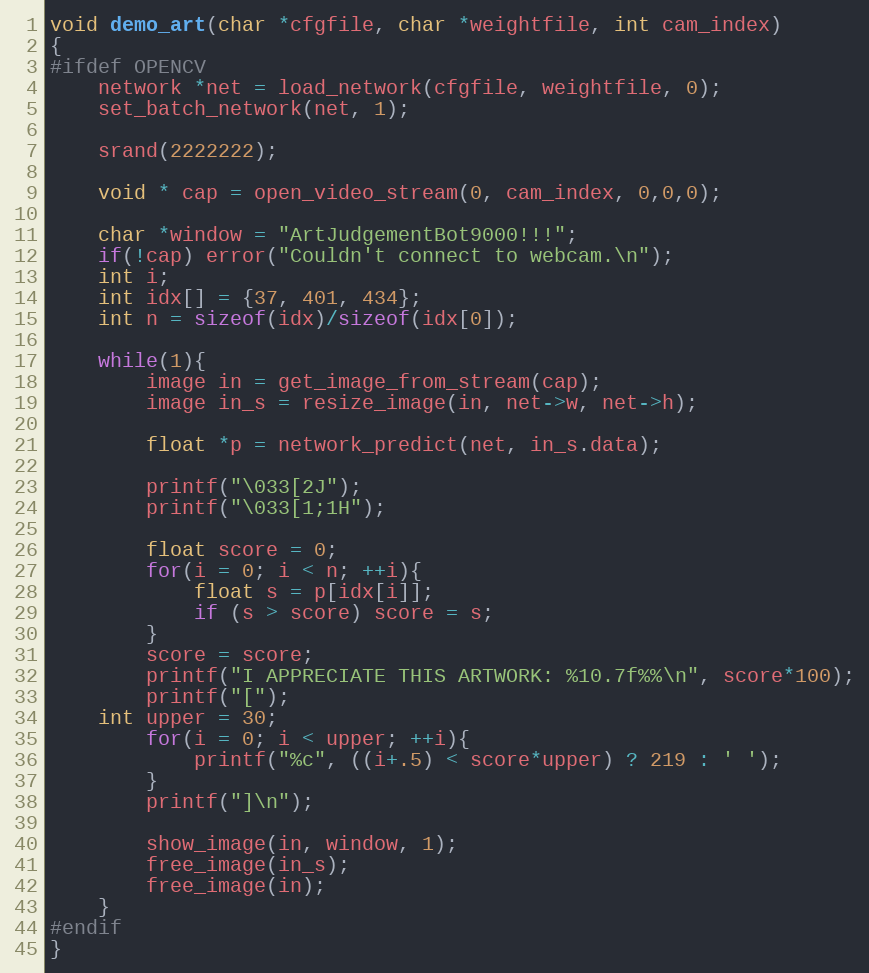
Language: C
void demo_art(char *cfgfile, char *weightfile, int cam_index)
{
#ifdef OPENCV
    network *net = load_network(cfgfile, weightfile, 0);
    set_batch_network(net, 1);

    srand(2222222);

    void * cap = open_video_stream(0, cam_index, 0,0,0);

    char *window = "ArtJudgementBot9000!!!";
    if(!cap) error("Couldn't connect to webcam.\n");
    int i;
    int idx[] = {37, 401, 434};
    int n = sizeof(idx)/sizeof(idx[0]);

    while(1){
        image in = get_image_from_stream(cap);
        image in_s = resize_image(in, net->w, net->h);

        float *p = network_predict(net, in_s.data);

        printf("\033[2J");
        printf("\033[1;1H");

        float score = 0;
        for(i = 0; i < n; ++i){
            float s = p[idx[i]];
            if (s > score) score = s;
        }
        score = score;
        printf("I APPRECIATE THIS ARTWORK: %10.7f%%\n", score*100);
        printf("[");
	int upper = 30;
        for(i = 0; i < upper; ++i){
            printf("%c", ((i+.5) < score*upper) ? 219 : ' ');
        }
        printf("]\n");

        show_image(in, window, 1);
        free_image(in_s);
        free_image(in);
    }
#endif
}